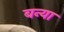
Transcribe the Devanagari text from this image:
बन्या